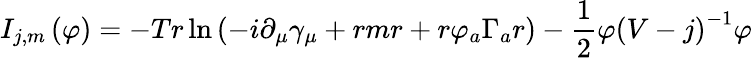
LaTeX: I_{j,m}\left(\varphi\right)=-Tr\ln\left(-i\partial_{\mu}\gamma_{\mu}+rmr+r\varphi_{a}\Gamma_{a}r\right)-\frac 12\varphi\left(V-j\right)^{-1}\varphi